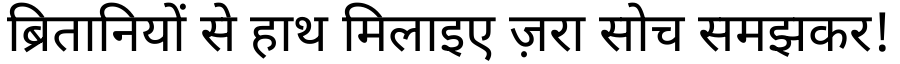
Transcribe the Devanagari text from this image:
ब्रितानियों से हाथ मिलाइए ज़रा सोच समझकर!